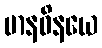
မာနဝိနယေ